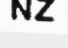
NZ